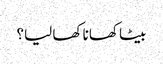
بیٹا کھانا کھا لیا؟